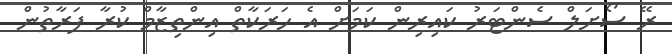
ރޭ ސޯށަލް ސެންޓަރު ކައިރިން ކަމަށް އެ ހަރަކާތް އިންތިޒާމް ކުރާ ފަރާތުން